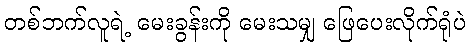
တစ်ဘက်လူရဲ့ မေးခွန်းကို မေးသမျှ ဖြေပေးလိုက်ရုံပဲ